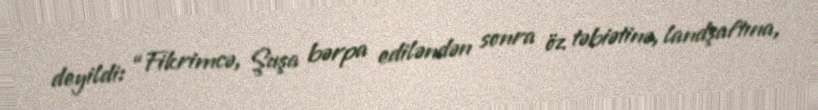
deyildi: “Fikrimcə, Şuşa bərpa ediləndən sonra öz təbiətinə, landşaftına,